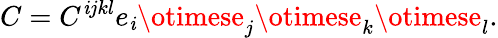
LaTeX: C=C^{\mathit{i}jkl}e_{\mathit{i}}\otimese_{j}\otimese_{k}\otimese_{l}.